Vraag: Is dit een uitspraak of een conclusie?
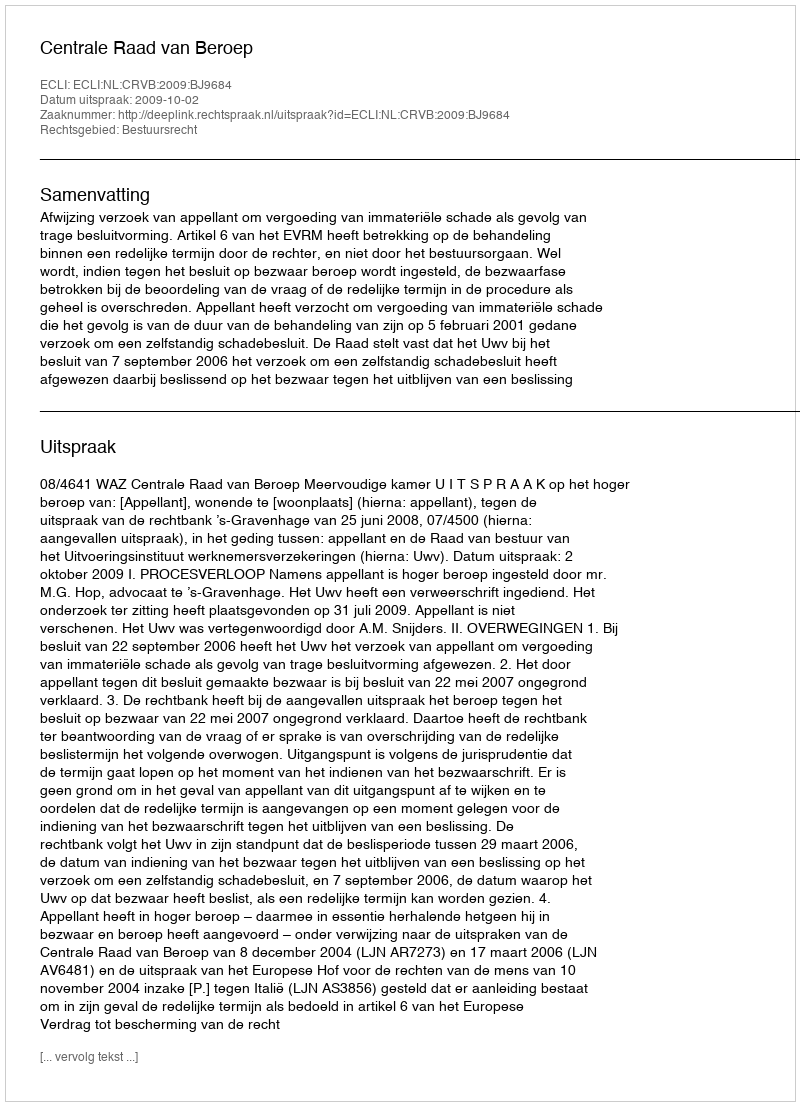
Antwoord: Uitspraak